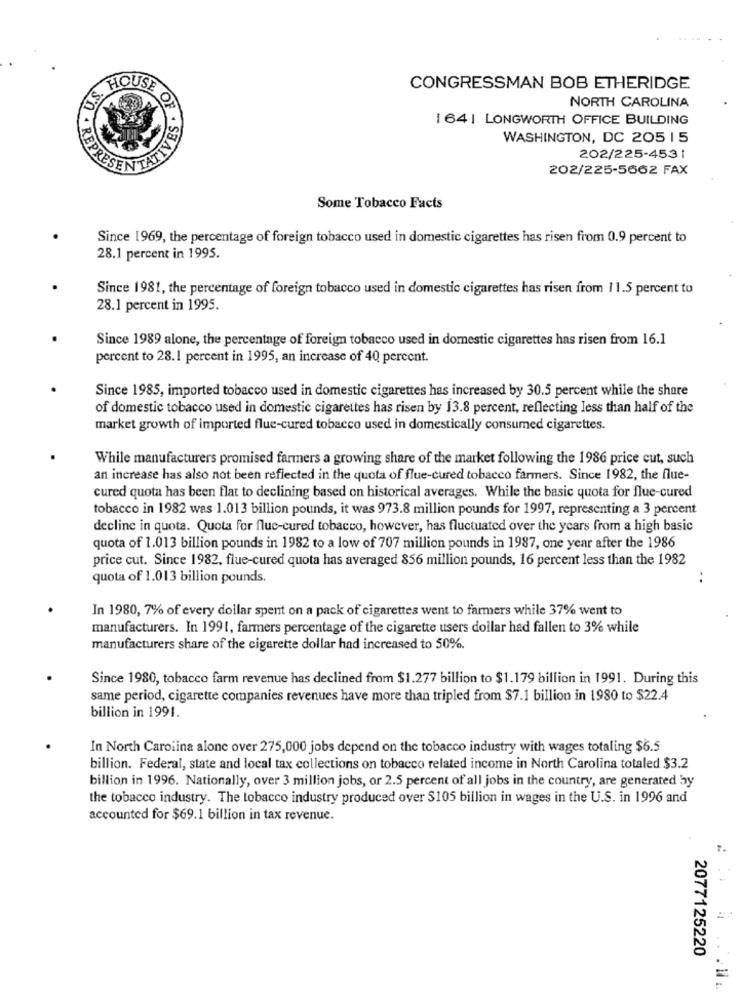
U.S. HOL
CONGRESSMAN BOB ETHERIDGE
OF
NORTH CAROLINA
1 64 | LONGWORTH OFFICE BUILDING
WASHINGTON, DC 205 15
.SBALLY
202/225-4531
* REPRESE
202/225-5662 FAX
Some Tobacco Facts
Since 1969, the percentage of foreign tobacco used in domestic cigarettes has risen from 0.9 percent to
28.1 percent in 1995.
Since 1981, the percentage of foreign tobacco used in domestic cigarettes has risen from 11.5 percent to
28.1 percent in 1995.
Since 1989 alone, the percentage of foreign tobacco used in domestic cigarettes has risen from 16.1
percent to 28.1 percent in 1995, an increase of 40 percent.
Since 1985, imported tobacco used in domestic cigarettes has increased by 30.5 percent while the share
of domestic tobacco used in domestic cigarettes has risen by 13.8 percent, reflecting less than half of the
market growth of imported flue-cured tobacco used in domestically consumed cigarettes.
While manufacturers promised farmers a growing share of the market following the 1986 price cut, such
an increase has also not been reflected in the quota of flue-cured tobacco farmers. Since 1982, the flue-
cured quota has been flat to declining based on historical averages. While the basic quota for flue-cured
tobacco in 1982 was 1.013 billion pounds, it was 973.8 million pounds for 1997, representing a 3 percent
decline in quota. Quota for fluc-cured tobacco, however, has fluctuated over the years from a high basic
quota of 1.013 billion pounds in 1982 to a low of 707 million pounds in 1987, one year after the 1986
price cut. Since 1982, flue-cured quota has averaged 856 million pounds, 16 percent less than the 1982
quota of 1.013 billion pounds.
..
In 1980, 7% of every dollar spent on a pack of cigarettes went to farmers while 37% went to
manufacturers. In 1991, farmers percentage of the cigarette users dollar had fallen to 3% while
manufacturers share of the cigarette dollar had increased to 50%.
Since 1980, tobacco farm revenue has declined from $1.277 billion to $1.179 billion in 1991. During this
same period, cigarette companies revenues have more than tripled from $7.1 billion in 1980 to $22.4
billion in 1991.
In North Carolina alone over 275,000 jobs depend on the tobacco industry with wages totaling $6.5
billion. Federal, state and local tax collections on tobacco related income in North Carolina totaled $3.2
billion in 1996. Nationally, over 3 million jobs, or 2.5 percent of all jobs in the country, are generated by
the tobacco industry. The tobacco industry produced over $105 billion in wages in the U.S. in 1996 and
accounted for $69.1 billion in tax revenue.
2077125220
=